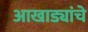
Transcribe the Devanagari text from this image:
आखाड्यांचे